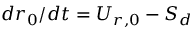
{ d r _ { 0 } } / { d t } = U _ { r , 0 } - S _ { d }